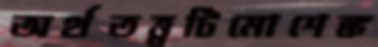
অর্থতত্ত্বটিমোশেঙ্ক